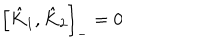
\left[ \hat { K } _ { 1 } , \hat { K } _ { 2 } \right] _ { - } = 0